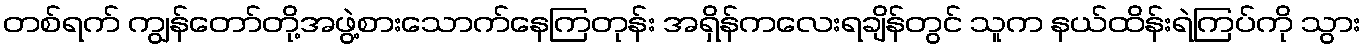
တစ်ရက် ကျွန်တော်တို့အဖွဲ့စားသောက်နေကြတုန်း အရှိန်ကလေးရချိန်တွင် သူက နယ်ထိန်းရဲကြပ်ကို သွား